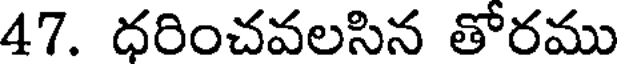
47. ధరించవలసిన తోరము